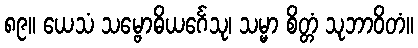
၈၉။ ယေသံ သမ္ဗောဓိယင်္ဂေသု၊ သမ္မာ စိတ္တံ သုဘာဝိတံ။